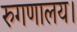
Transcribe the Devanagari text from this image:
रुगणालय।